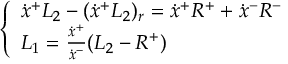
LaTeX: \quad \quad \quad \left\{ \begin{array} { l } { { \dot { x } ^ { + } L _ { 2 } - ( \dot { x } ^ { + } L _ { 2 } ) _ { r } = \dot { x } ^ { + } R ^ { + } + \dot { x } ^ { - } R ^ { - } } } \\ { { L _ { 1 } = { \frac { \dot { x } ^ { + } } { \dot { x } ^ { - } } } ( L _ { 2 } - R ^ { + } ) } } \end{array} \right.